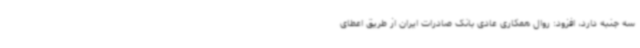
سه جنبه دارد، افزود: روال همکاری عادی بانک صادرات ایران از طریق اعطای